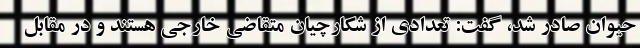
حیوان صادر شد، گفت: تعدادی از شکارچیان متقاضی خارجی هستند و در مقابل